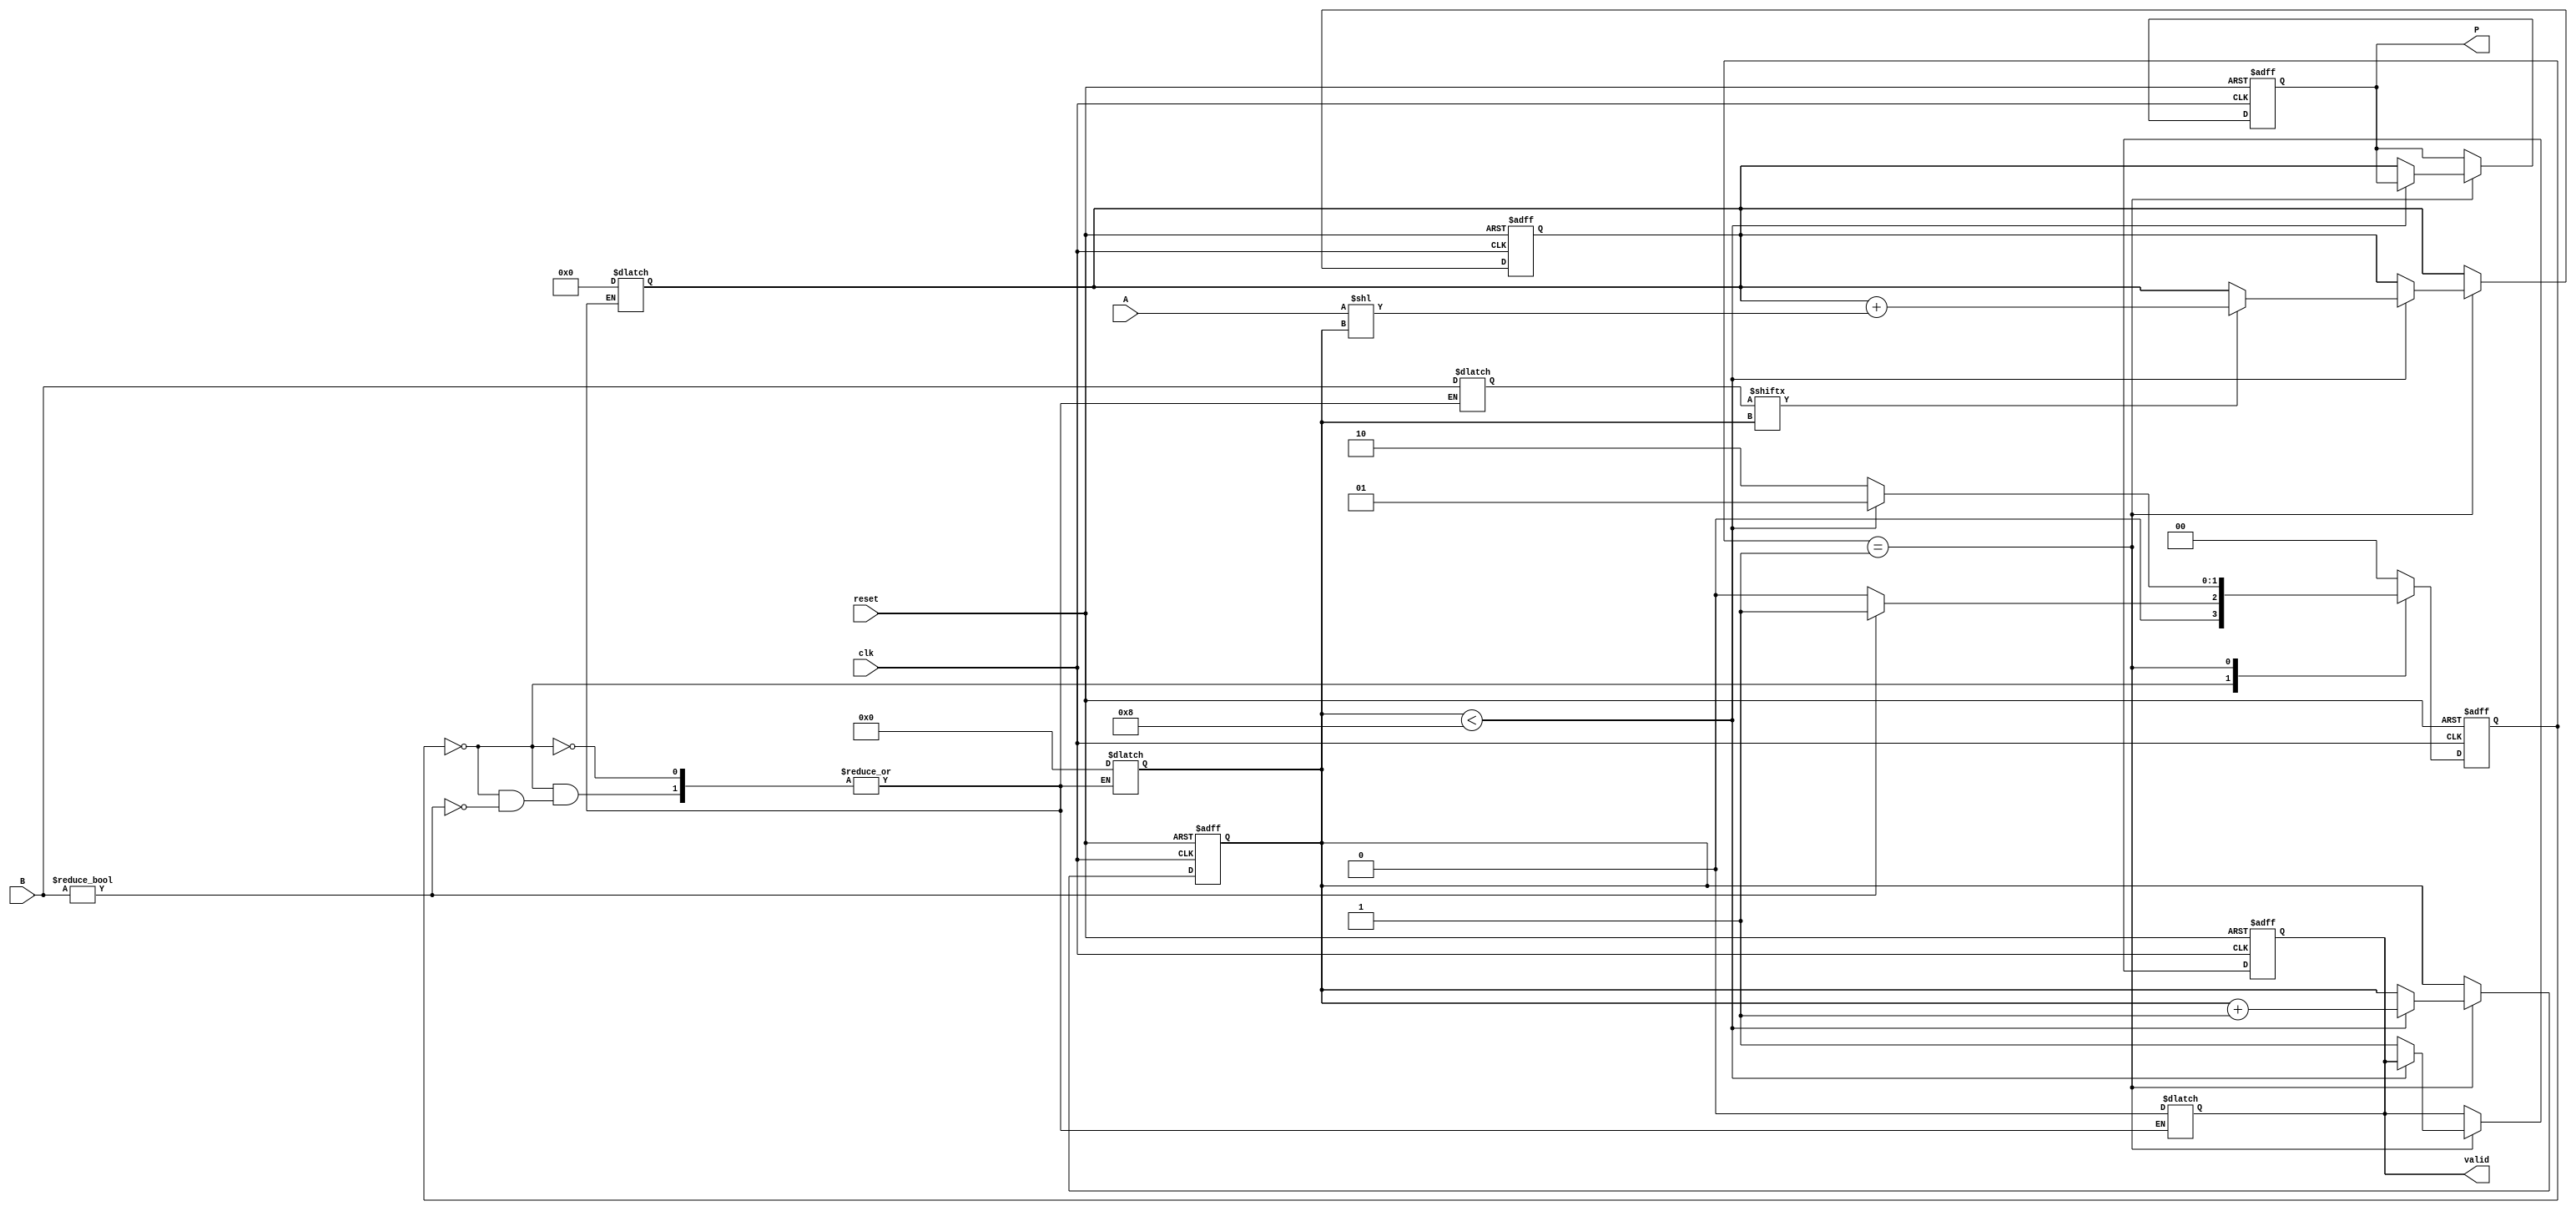
module PartialProductAccumulator #(
    parameter N = 8, // Width of multiplicand
    parameter M = 8  // Width of multiplier
)(
    input wire [N-1:0] A,        // Multiplicand
    input wire [M-1:0] B,        // Multiplier
    input wire clk,              // Clock
    input wire reset,            // Asynchronous reset
    output reg [N+M-1:0] P,      // Product
    output reg valid             // Valid signal
);

    reg [M-1:0] multiplier;       // Internal register for multiplier
    reg [N+M-1:0] accumulator;     // Accumulator for partial products
    reg [3:0] count;              // Counter for bits processed

    // State machine states
    localparam IDLE = 2'b00,
               PROCESS = 2'b01,
               DONE = 2'b10;

    reg [1:0] state, next_state;

    // Sequential logic for state transitions and accumulation
    always @(posedge clk or posedge reset) begin
        if (reset) begin
            state <= IDLE;
            P <= 0;
            accumulator <= 0;
            valid <= 0;
            count <= 0;
        end else begin
            state <= next_state;
            if (state == PROCESS) begin
                // Generate partial product and accumulate
                if (count < M) begin
                    // Generate partial product
                    if (multiplier[count]) begin
                        accumulator <= accumulator + (A << count);
                    end
                    count <= count + 1;
                end else begin
                    // All bits processed
                    P <= accumulator;
                    valid <= 1;
                end
            end
        end
    end

    // Combinational logic for next state and multiplier loading
    always @(*) begin
        case (state)
            IDLE: begin
                if (B != 0) begin
                    multiplier = B;
                    next_state = PROCESS;
                    accumulator = 0;
                    count = 0;
                    valid = 0;
                end else begin
                    next_state = IDLE;
                end
            end
            PROCESS: begin
                if (count < M) begin
                    next_state = PROCESS;
                end else begin
                    next_state = DONE;
                end
            end
            DONE: begin
                next_state = IDLE; // Go back to IDLE after processing
            end
            default: next_state = IDLE;
        endcase
    end

endmodule